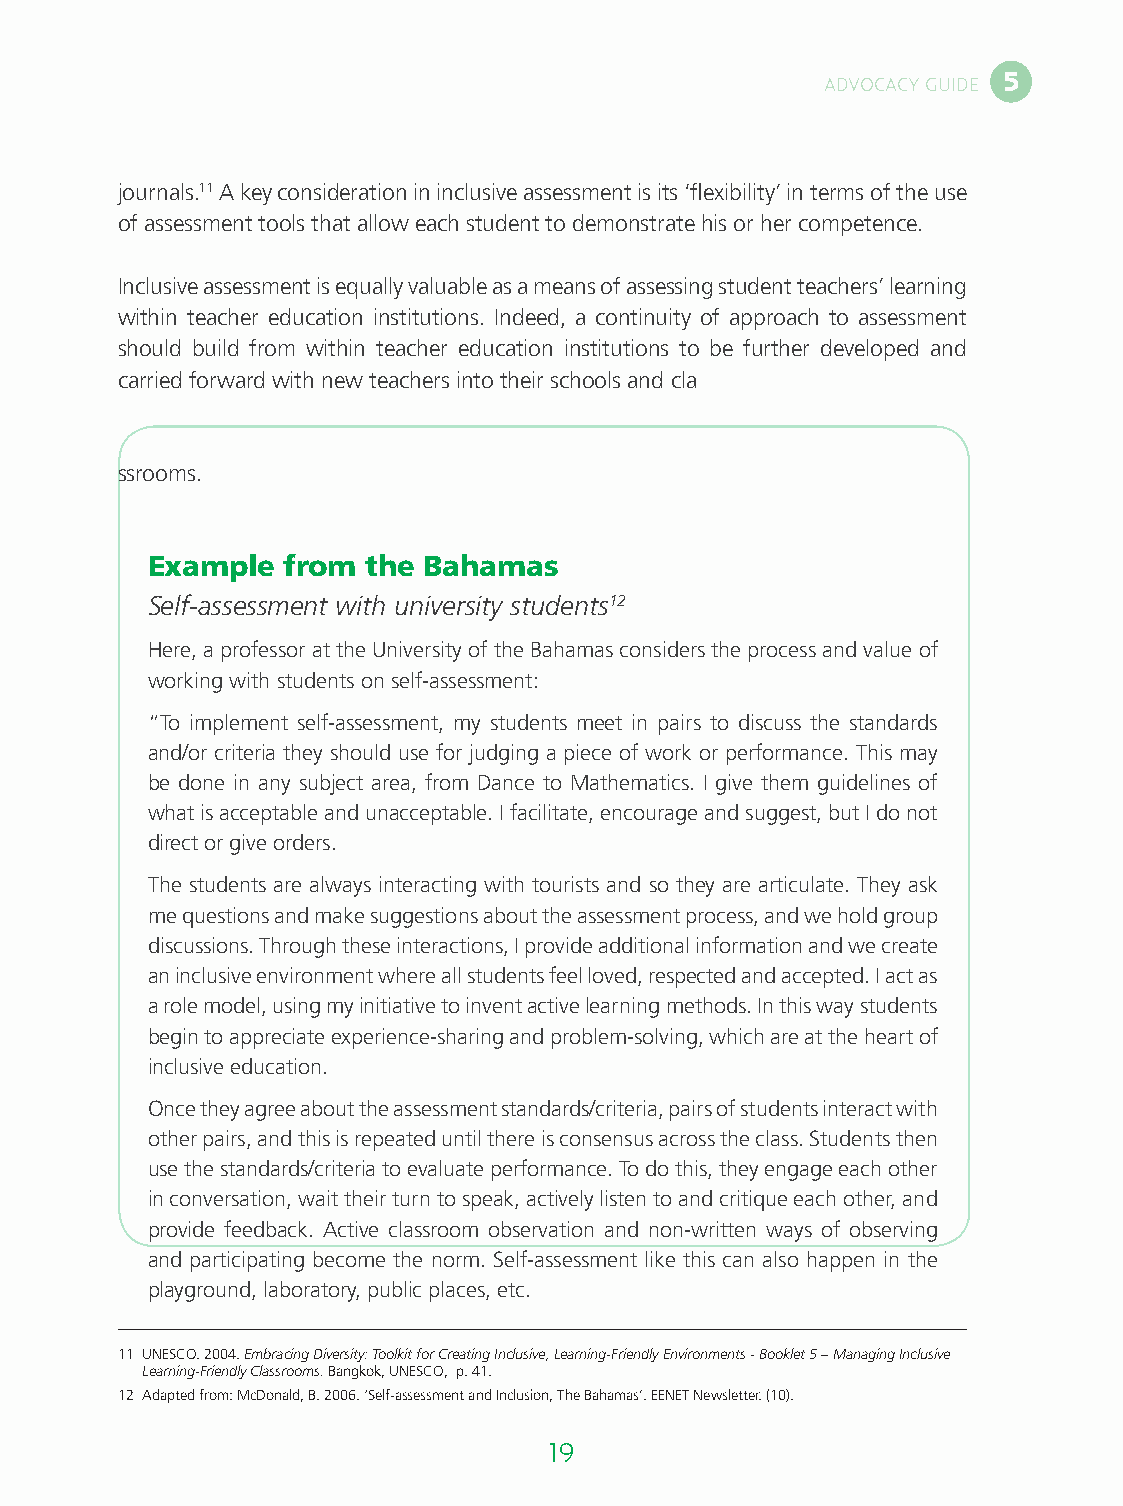
5
 ADVOCACY GUIDE
 journals.11 A key consideration in inclusive assessment is its ‘flexibility’ in terms of the use
 of assessment tools that allow each student to demonstrate his or her competence.
 Inclusive assessment is equally valuable as a means of assessing student teachers’ learning
 within teacher education institutions. Indeed, a continuity of approach to assessment
 should build from within teacher education institutions to be further developed and
 carried forward with new teachers into their schools and cla
 ssrooms.
 Example  from the Bahamas
 Self-assessment with university students12
 Here, a professor at the University of the Bahamas considers the process and value of
 working with students on self-assessment:
 “To implement self-assessment, my students meet in pairs to discuss the standards
 and/or criteria they should use for judging a piece of work or performance. This may
 be done in any subject area, from Dance to Mathematics. I give them guidelines of
 what is acceptable and unacceptable. I facilitate, encourage and suggest, but I do not
 direct or give orders.
 The students are always interacting with tourists and so they are articulate. They ask
 me questions and make suggestions about the assessment process, and we hold group
 discussions. Through these interactions, I provide additional information and we create
 an inclusive environment where all students feel loved, respected and accepted. I act as
 a role model, using my initiative to invent active learning methods. In this way students
 begin to appreciate experience-sharing and problem-solving, which are at the heart of
 inclusive education.
 Once they agree about the assessment standards/criteria, pairs of students interact with
 other pairs, and this is repeated until there is consensus across the class. Students then
 use the standards/criteria to evaluate performance. To do this, they engage each other
 in conversation, wait their turn to speak, actively listen to and critique each other, and
 provide feedback. Active classroom observation and non-written ways of observing
 and participating become the norm. Self-assessment like this can also happen in the
 playground, laboratory, public places, etc.
 11 U NESCO. 2004. Embracing Diversity: Toolkit for Creating Inclusive, Learning-Friendly Environments - Booklet 5 – Managing Inclusive
 Learning-Friendly Classrooms. Bangkok, UNESCO, p. 41.
 12 Adapted from: McDonald, B. 2006. ‘Self-assessment and Inclusion, The Bahamas’. EENET Newsletter. (10).
 18                                  19